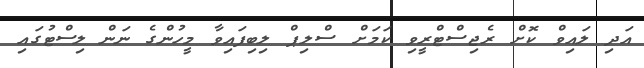
އަދި ލައިވް ކޮށް ރެޖިސްޓްރީވި ކަމަށް ސްލިޕް ލިބިފައިވާ މީހުންގެ ނަން ލިސްޓުގައި